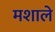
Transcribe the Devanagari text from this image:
मशाले